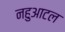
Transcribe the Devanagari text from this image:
नहुआटल